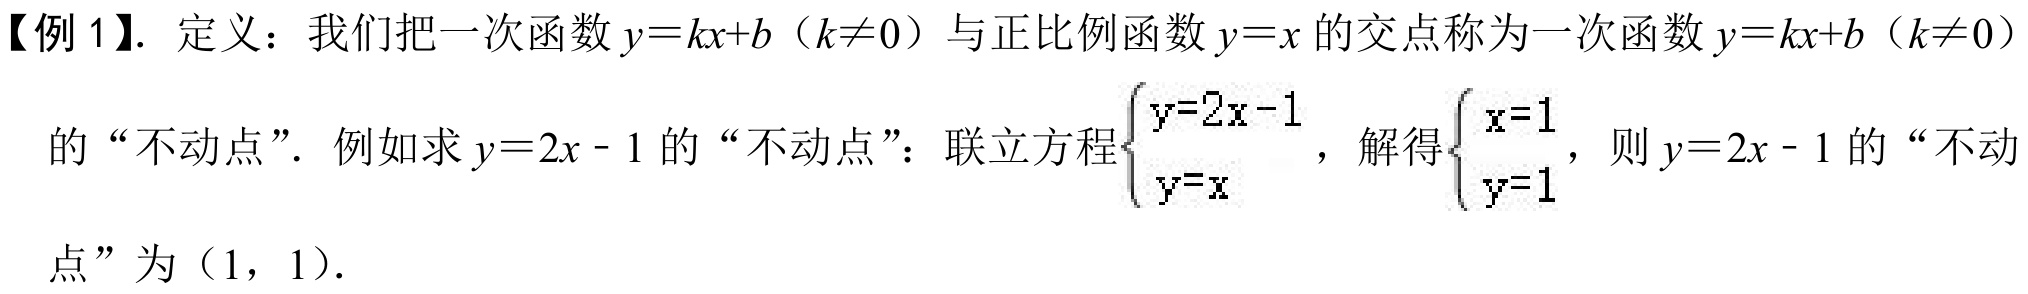
【例1】. 定义：我们把一次函数 \(y = kx + b\)（\(k\neq0\)）与正比例函数 \(y = x\) 的交点称为一次函数 \(y = kx + b\)（\(k\neq0\)）的“不动点”. 例如求 \(y = 2x - 1\) 的“不动点”：联立方程\(\begin{cases}y = 2x - 1\\y = x\end{cases}\)，解得\(\begin{cases}x = 1\\y = 1\end{cases}\)，则 \(y = 2x - 1\) 的“不动点”为\((1,1)\).